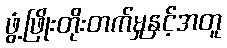
ဖွံ့ဖြိုးတိုးတက်မှုနှင့်အတူ